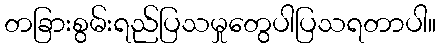
တခြားစွမ်းရည်ပြသမှုတွေပါပြသရတာပါ။